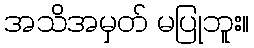
အသိအမှတ် မပြုဘူး။